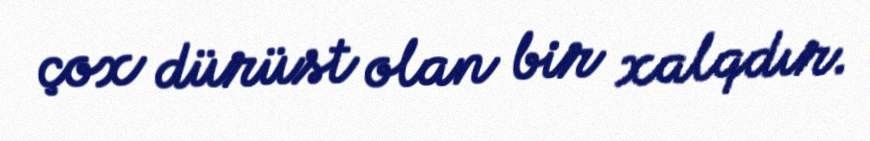
çox dürüst olan bir xalqdır.